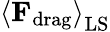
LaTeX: \left\langle{\mathbf F}_{\mathrm{drag}}\right\rangle_{\mathrm{LS}}